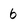
Character: 6